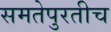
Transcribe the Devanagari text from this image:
समतेपुरतीच